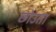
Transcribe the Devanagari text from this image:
छोउता